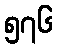
၅၇၆